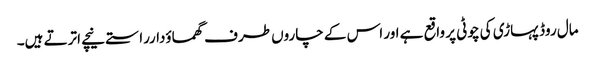
مال روڈ پہاڑی کی چوٹی پر واقع ہے اور اس کے چاروں طرف گھماوٴدارراستے نیچے اترتے ہیں۔